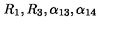
R _ { 1 } , R _ { 3 } , \alpha _ { 1 3 } , \alpha _ { 1 4 }